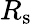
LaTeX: R_{\mathrm{s}}